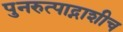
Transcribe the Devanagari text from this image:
पुनरुत्पाद्नाशीच